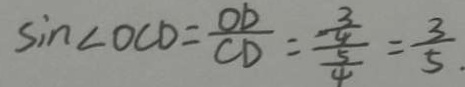
\sin \angle O C D = \frac { O D } { C D } = \frac { - \frac { 3 } { 4 } } { \frac { 5 } { 4 } } = \frac { 3 } { 5 }